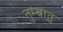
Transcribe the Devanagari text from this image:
तुम्बातु